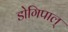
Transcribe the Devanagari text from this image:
डोगिपाल्